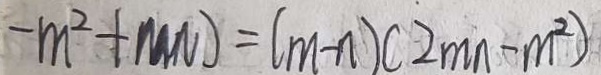
- m ^ { 2 } + M N = ( m - n ) ( 2 m n - m ^ { 2 } )